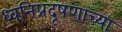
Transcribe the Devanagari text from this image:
ध्वनिप्रदूषणाच्या